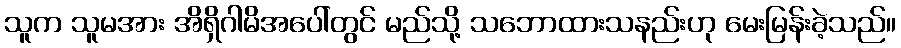
သူက သူမအား အိရှိဂါမိအပေါ်တွင် မည်သို့ သဘောထားသနည်းဟု မေးမြန်းခဲ့သည်။